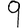
Digit: 9